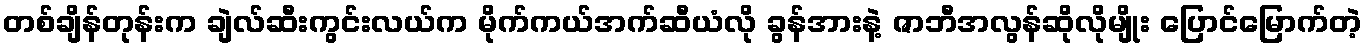
တစ်ချိန်တုန်းက ချဲလ်ဆီးကွင်းလယ်က မိုက်ကယ်အက်ဆီယံလို ခွန်အားနဲ့ ဇာဘီအလွန်ဆိုလိုမျိုး ပြောင်မြောက်တဲ့